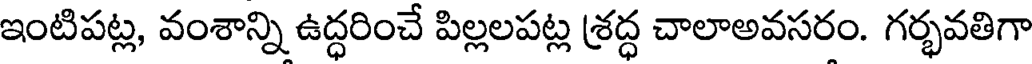
ఇంటిపట్ల, వంశాన్ని ఉద్ధరించే పిల్లలపట్ల శ్రద్ధ చాలాఅవసరం. గర్భవతిగా